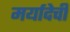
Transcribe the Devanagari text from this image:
मर्यादेची